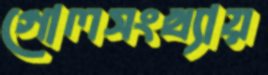
গোলসংখ্যায়